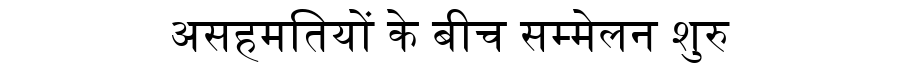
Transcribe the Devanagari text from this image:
असहमतियों के बीच सम्मेलन शुरु